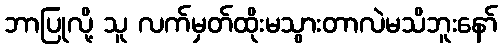
ဘာပြုလို့ သူ လက်မှတ်ထိုးမသွားတာလဲမသိဘူးနော်